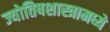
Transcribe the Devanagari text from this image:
ज्योतिषशास्त्रामध्ये